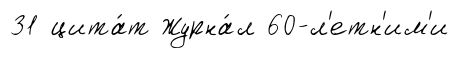
31 цита́т Журна́л 60-л'етн'им'и